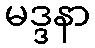
မဒ္ဒနာ